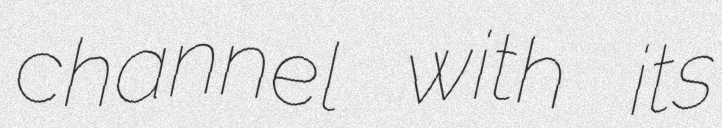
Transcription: channel with its